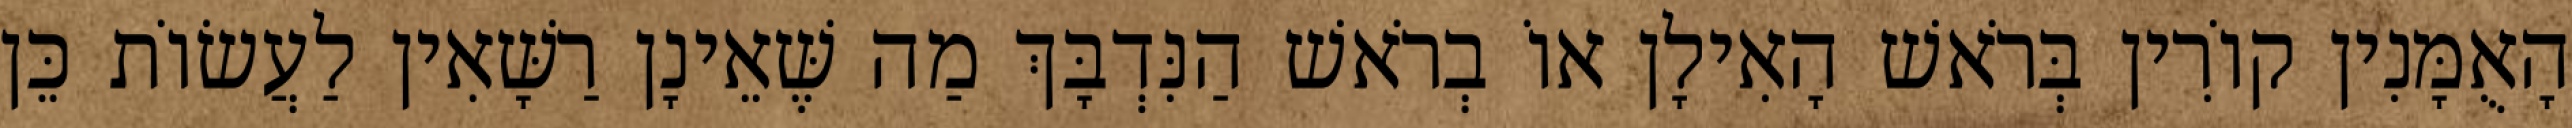
הָאֻמָּנִין קוֹרִין בְּרֹאשׁ הָאִילָן אוֹ בְרֹאשׁ הַנִּדְבָּךְ מַה שֶּׁאֵינָן רַשָּׁאִין לַעֲשׂוֹת כֵּן